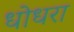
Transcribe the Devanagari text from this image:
धोधरा